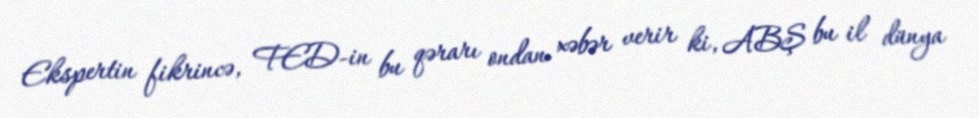
Ekspertin fikrincə, FED-in bu qərarı ondan xəbər verir ki, ABŞ bu il dünya